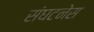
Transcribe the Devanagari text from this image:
संघटनेस